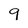
Character: 9